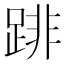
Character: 䠊